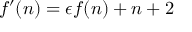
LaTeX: f ^ { \prime } ( n ) = \epsilon f ( n ) + n + 2